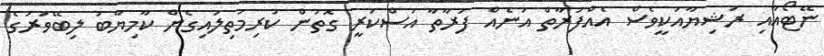
ނޭޓޯއާއި ރަޝިޔާއަކީވެސް އެއްފަރާތް އަނެއް ފަރާތާ އަސްކަރީ ގޮތުން ކުރިމަތިލައިގެން ކާމިޔާބު ލިބޭވަރުގެ